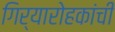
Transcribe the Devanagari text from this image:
गिर्यारोहकांची